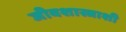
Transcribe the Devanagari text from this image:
जीवशास्त्राशी